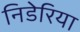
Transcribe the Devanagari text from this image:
निडेरिया